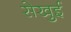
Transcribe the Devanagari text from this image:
सेखुई